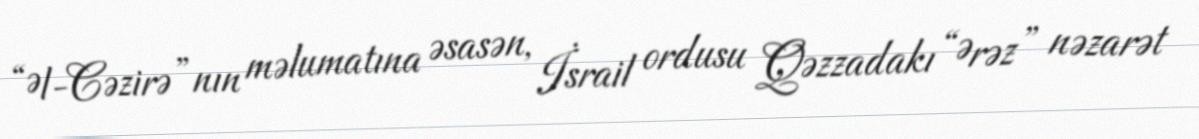
“Əl-Cəzirə”nın məlumatına əsasən, İsrail ordusu Qəzzadakı “Ərəz” nəzarət